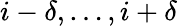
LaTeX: i-\delta,\ldots,i+\delta